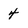
Character: 4